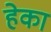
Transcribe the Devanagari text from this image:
हेका